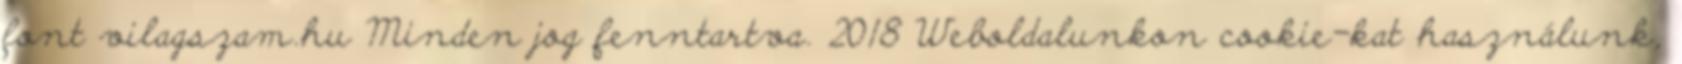
font vilagszam.hu Minden jog fenntartva. 2018 Weboldalunkon cookie-kat használunk,